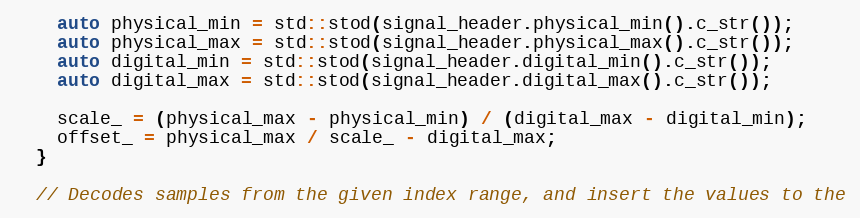
Language: C++
    auto physical_min = std::stod(signal_header.physical_min().c_str());
    auto physical_max = std::stod(signal_header.physical_max().c_str());
    auto digital_min = std::stod(signal_header.digital_min().c_str());
    auto digital_max = std::stod(signal_header.digital_max().c_str());

    scale_ = (physical_max - physical_min) / (digital_max - digital_min);
    offset_ = physical_max / scale_ - digital_max;
  }

  // Decodes samples from the given index range, and insert the values to the